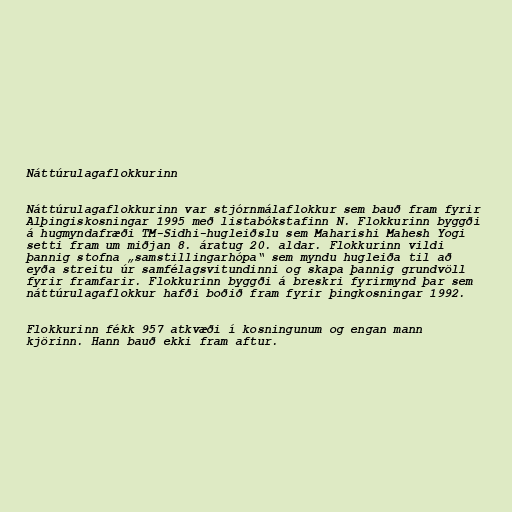
Náttúrulagaflokkurinn

Náttúrulagaflokkurinn var stjórnmálaflokkur sem bauð fram fyrir
Alþingiskosningar 1995 með listabókstafinn N. Flokkurinn byggði
á hugmyndafræði TM-Sidhi-hugleiðslu sem Maharishi Mahesh Yogi
setti fram um miðjan 8. áratug 20. aldar. Flokkurinn vildi
þannig stofna „samstillingarhópa“ sem myndu hugleiða til að
eyða streitu úr samfélagsvitundinni og skapa þannig grundvöll
fyrir framfarir. Flokkurinn byggði á breskri fyrirmynd þar sem
náttúrulagaflokkur hafði boðið fram fyrir þingkosningar 1992.

Flokkurinn fékk 957 atkvæði í kosningunum og engan mann
kjörinn. Hann bauð ekki fram aftur.